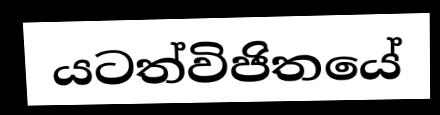
යටත්විජිතයේ